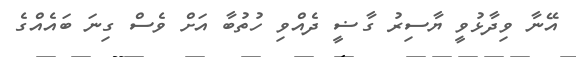
އޭނާ ވިދާޅުވީ ޔާސިރު ގާޟީ ދެއްވި ހުތުބާ އަށް ވެސް ގިނަ ބައެއްގެ